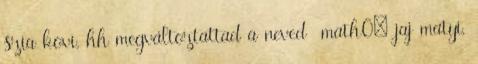
szia kovi, hh megváltoztattad a neved math0: jaj matyi,